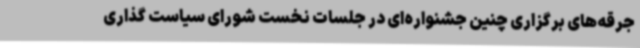
جرقه‌های برگزاری چنین جشنواره‌ای در جلسات نخست شورای سیاست گذاری